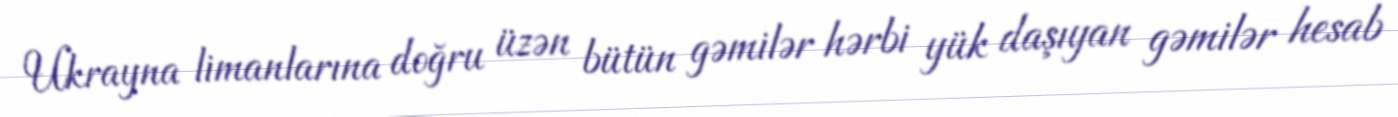
Ukrayna limanlarına doğru üzən bütün gəmilər hərbi yük daşıyan gəmilər hesab